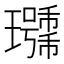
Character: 𰢖